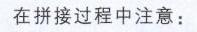
在拼接过程中注意：